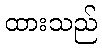
ထားသည်